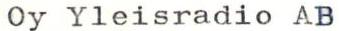
Oy Yleisradio AB